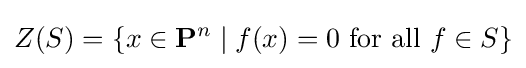
Z(S)=\{x\in \mathbf {P} ^{n}\mid f(x)=0{\text{ for all }}f\in S\}